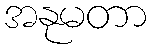
အနုမတာ